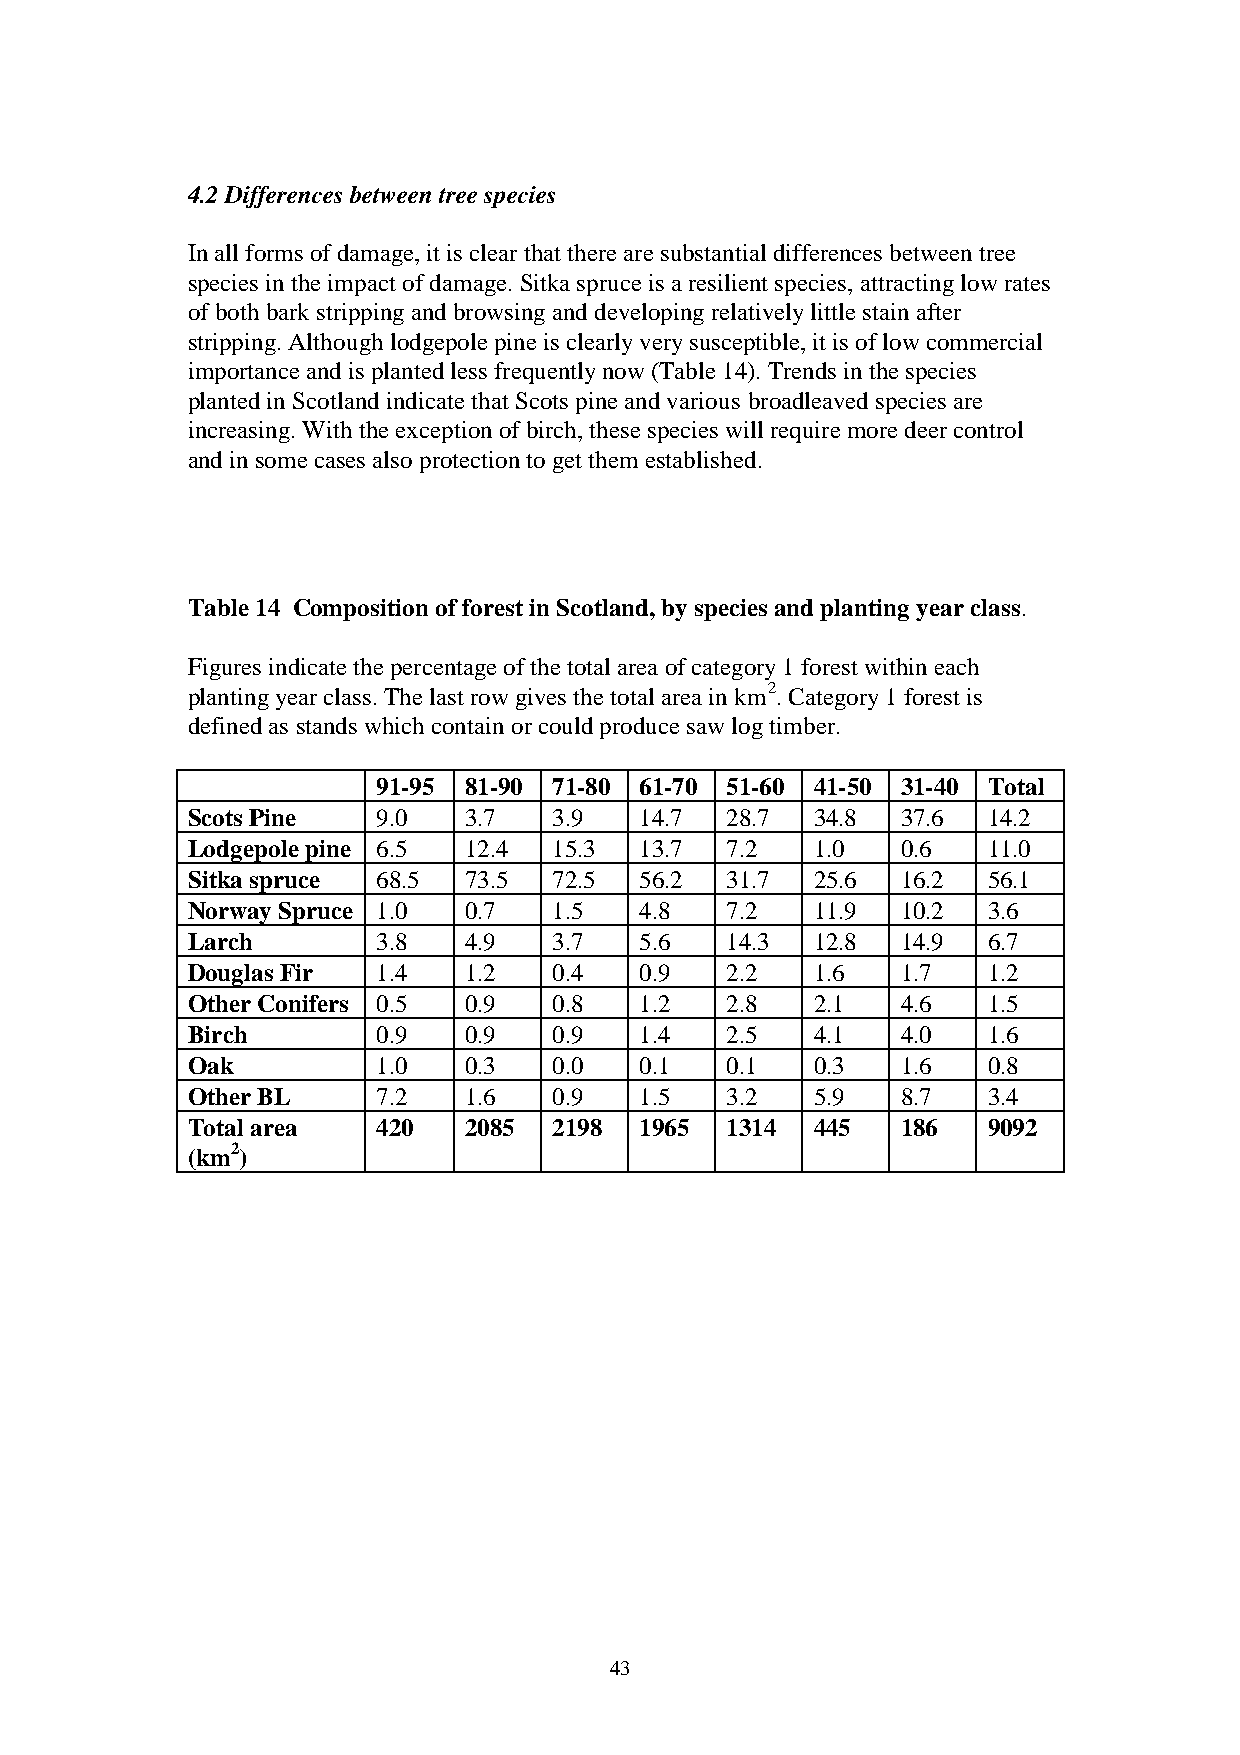
4.2 Differences between tree species
 In all forms of damage, it is clear that there are substantial differences between tree
 species in the impact of damage. Sitka spruce is a resilient species, attracting low rates
 of both bark stripping and browsing and developing relatively little stain after
 stripping. Although lodgepole pine is clearly very susceptible, it is of low commercial
 importance and is planted less frequently now (Table 14). Trends in the species
 planted in Scotland indicate that Scots pine and various broadleaved species are
 increasing. With the exception of birch, these species will require more deer control
 and in some cases also protection to get them established.
 Table 14 Composition of forest in Scotland, by species and planting year class.
 Figures indicate the percentage of the total area of category 1 forest within each
 planting year class. The last row gives the total area in km2. Category 1 forest is
 defined as stands which contain or could produce saw log timber.
 91-95 81-90 71-80 61-70 51-60 41-50 31-40 Total
 Scots Pine   9.0   3.7   3.9  14.7  28.7  34.8  37.6 14.2
 Lodgepole pine 6.5 12.4  15.3 13.7  7.2   1.0   0.6  11.0
 Sitka spruce 68.5  73.5  72.5 56.2  31.7  25.6  16.2 56.1
 Norway Spruce 1.0  0.7   1.5  4.8   7.2   11.9  10.2 3.6
 Larch        3.8   4.9   3.7  5.6   14.3  12.8  14.9 6.7
 Douglas Fir  1.4   1.2   0.4  0.9   2.2   1.6   1.7  1.2
 Other Conifers 0.5 0.9   0.8  1.2   2.8   2.1   4.6  1.5
 Birch        0.9   0.9   0.9  1.4   2.5   4.1   4.0  1.6
 Oak          1.0   0.3   0.0  0.1   0.1   0.3   1.6  0.8
 Other BL     7.2   1.6   0.9  1.5   3.2   5.9   8.7  3.4
 Total area   420   2085  2198 1965  1314  445   186  9092
 (km2)
 43